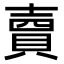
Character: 𧶠